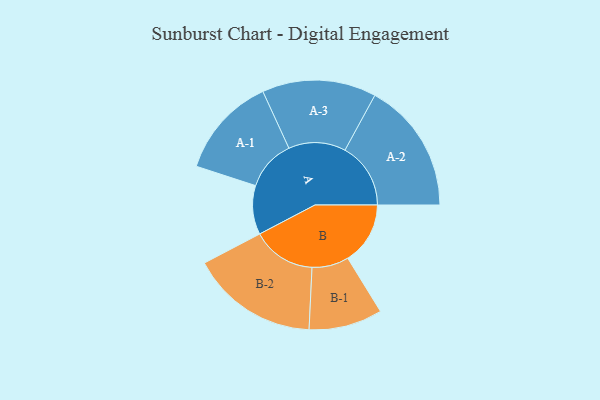
{"axis": {"x": "Segment", "y": "Value"}, "legend": ["", "A", "B"], "data": [{"x": "A", "y": 181, "type": ""}, {"x": "B", "y": 231, "type": ""}, {"x": "A-1", "y": 187, "type": "A"}, {"x": "A-2", "y": 243, "type": "A"}, {"x": "A-3", "y": 211, "type": "A"}, {"x": "B-1", "y": 136, "type": "B"}, {"x": "B-2", "y": 236, "type": "B"}]}